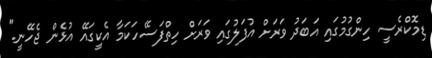
ޑިމޮކްރެސީ ހިންގުމުގައި އަބަދު ވަރަށް އުފަލުގައި ވަރަށް ހިތްފަސޭހަކަމާ އެކީގައޭ އުޅެން ޖެހޭނީ."